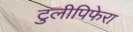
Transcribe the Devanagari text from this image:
टुलीपिफेरा